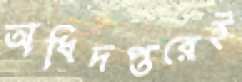
অধিদপ্তরেই